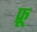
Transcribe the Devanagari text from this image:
फ्रू